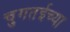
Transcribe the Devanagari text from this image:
चुगतईच्या